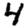
Digit: 4